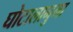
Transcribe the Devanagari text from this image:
घोटालानुमा